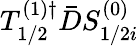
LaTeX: T_{1/2}^{(1)\dagger}\bar{D}S_{1/2i}^{(0)}